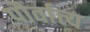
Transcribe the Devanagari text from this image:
पौर्वात्त्य